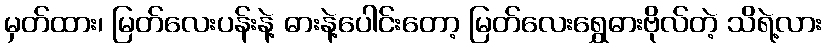
မှတ်ထား၊ မြတ်လေးပန်းနဲ့ ဓားနဲ့ပေါင်းတော့ မြတ်လေးရွှေဓားဗိုလ်တဲ့ သိရဲ့လား